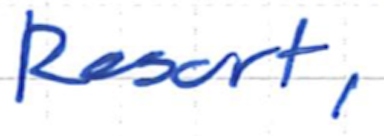
Text: Resort,
Cross-out: clean
Writing tool: ballpoint